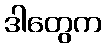
ဒါတွေက